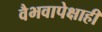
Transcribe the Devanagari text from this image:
वैभवापेक्षाही